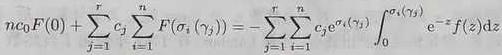
$n c_{0} F(0)+\sum_{j=1}^{r} c_{j} \sum_{i=1}^{n} F\left(\sigma_{i}\left(\gamma_{j}\right)\right)=-\sum_{j=1}^{r} \sum_{i=1}^{n} c_{j} \mathrm{e}^{\sigma_{i}\left(\gamma_{j}\right)} \int_{0}^{\sigma_{i}\left(\gamma_{j}\right)} \mathrm{e}^{-z} f(z) \mathrm{d} z$